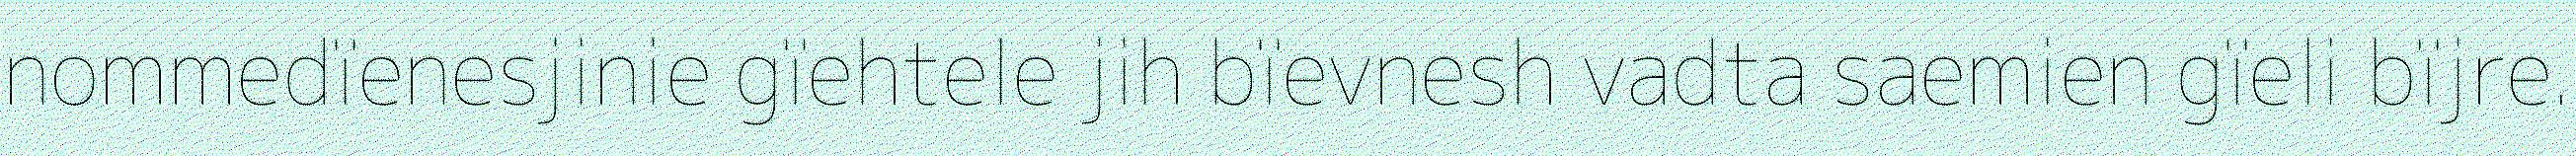
nommedïenesjinie gïehtele jih bïevnesh vadta saemien gïeli bïjre.